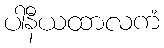
ပါနီယထာလကံ